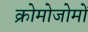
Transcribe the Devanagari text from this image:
क्रोमोजोमों